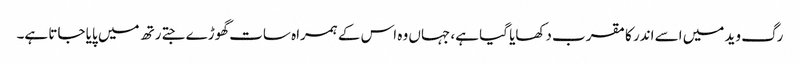
رگ وید میں اسے اندر کا مقرب دکھایا گیا ہے، جہاں وہ اس کے ہمراہ سات گھوڑے جتے رتھ میں پایا جاتا ہے۔